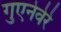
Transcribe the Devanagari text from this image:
गुएनेवेरे